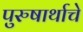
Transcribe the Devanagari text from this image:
पुरुषार्थाचे